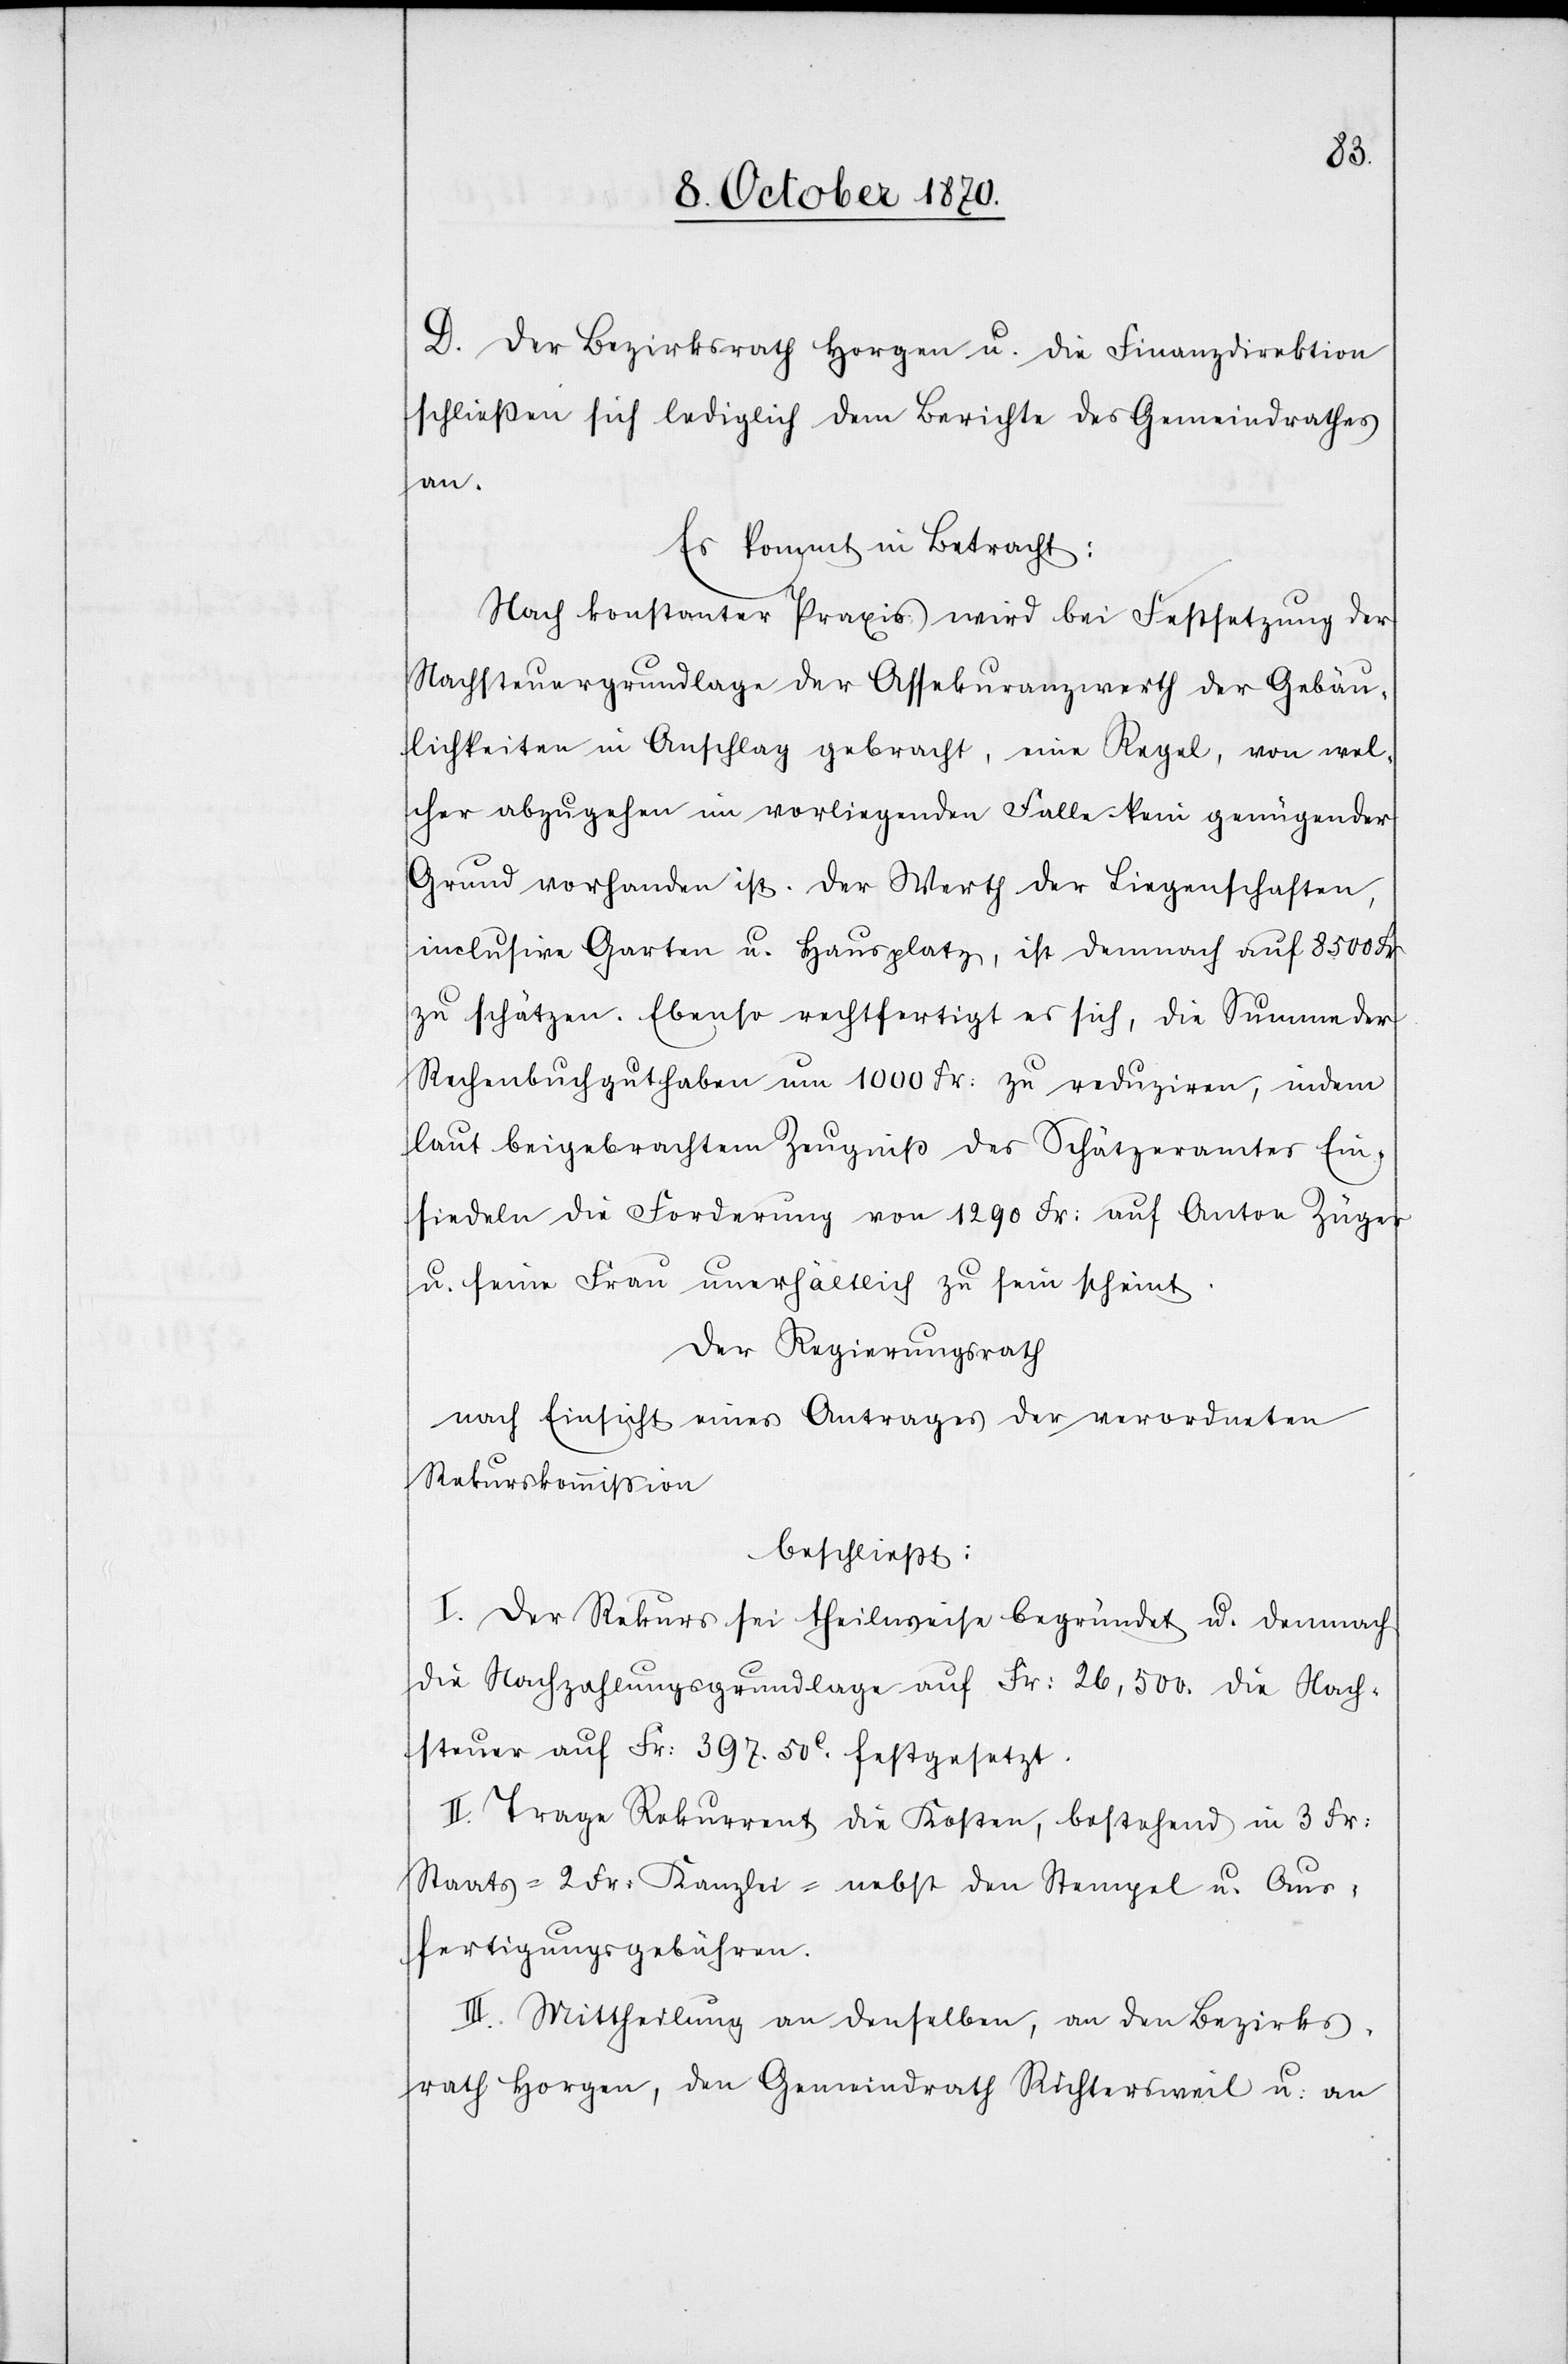
D. Der Bezirksrath Horgen u. die Finanzdirektion
schließen sich lediglich dem Berichte des Gemeindrathes
an.
Es kommt in Betracht:
Nach konstanter Praxis wird bei Festsetzung der
Nachsteuergrundlage der Assekuranzwerth der Gebäu¬
lichkeiten in Anschlag gebracht, eine Regel, von wel¬
cher abzugehen im vorliegenden Falle kein genügender
Grund vorhanden ist. Der Werth der Liegenschaften,
inclusive Garten u. Hausplatze, ist demnach auf 8500 Fr.
zu schätzen. Ebenso rechtfertigt es sich, die Summen der
Rechenbuchguthaben um 1000 Fr: zu reduziren, indem
laut beigebrachten Zeugniß des Schätzeramtes Ein¬
siedeln die Forderung von 1290 Fr: auf Anton Züger
u. seine Frau unerhältlich zu sein scheint.
Der Regierungsrath
nach Einsicht eines Antrages der verordneten
Rekurskommißion
beschließt:
I. Der Rekurs sei theilweise begründet u. demnach
die Nachzahlungsgrundlage auf Fr: 26,500. die Nach¬
steuer auf Fr: 397.50C. festgesetzt.
II. Trage Rekurrent die Kosten, bestehend in 3 Fr:
Staats-[,] 2 Fr: Kanzlei- nebst den Stempel u. Aus¬
fertigungsgebühren.
III. Mittheilung an denselben, an den Bezirks¬
rath Horgen, den Gemeindrath Richtersweil u. an